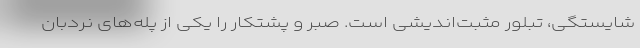
شایستگی، تبلور مثبت‌اندیشی است. صبر و پشتکار را یکی از پله‌های نردبان